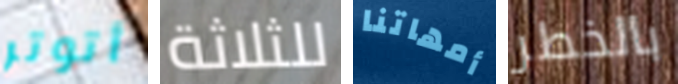
أتوتر للثلاثة أمهاتنا بالخطر